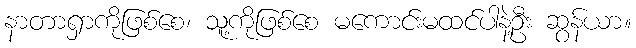
နာတာရှာကိုဖြစ်စေ၊ သူ့ကိုဖြစ်စေ မကောင်းမထင်ပါနဲ့ဦး ဆွန်ယာ။